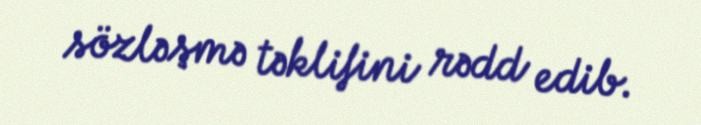
sözləşmə təklifini rədd edib.